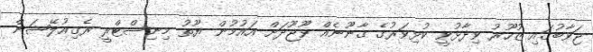
ޖަވާބުގައި ޒުހޫރު ވިދާޅުވީ ކުޅިވަރުގެ ގާނޫނެއް ވޫޖޫދަށް އައުމުން ޔޫތު މިނިސްޓްރީ ރެގިއުލޭޝަން